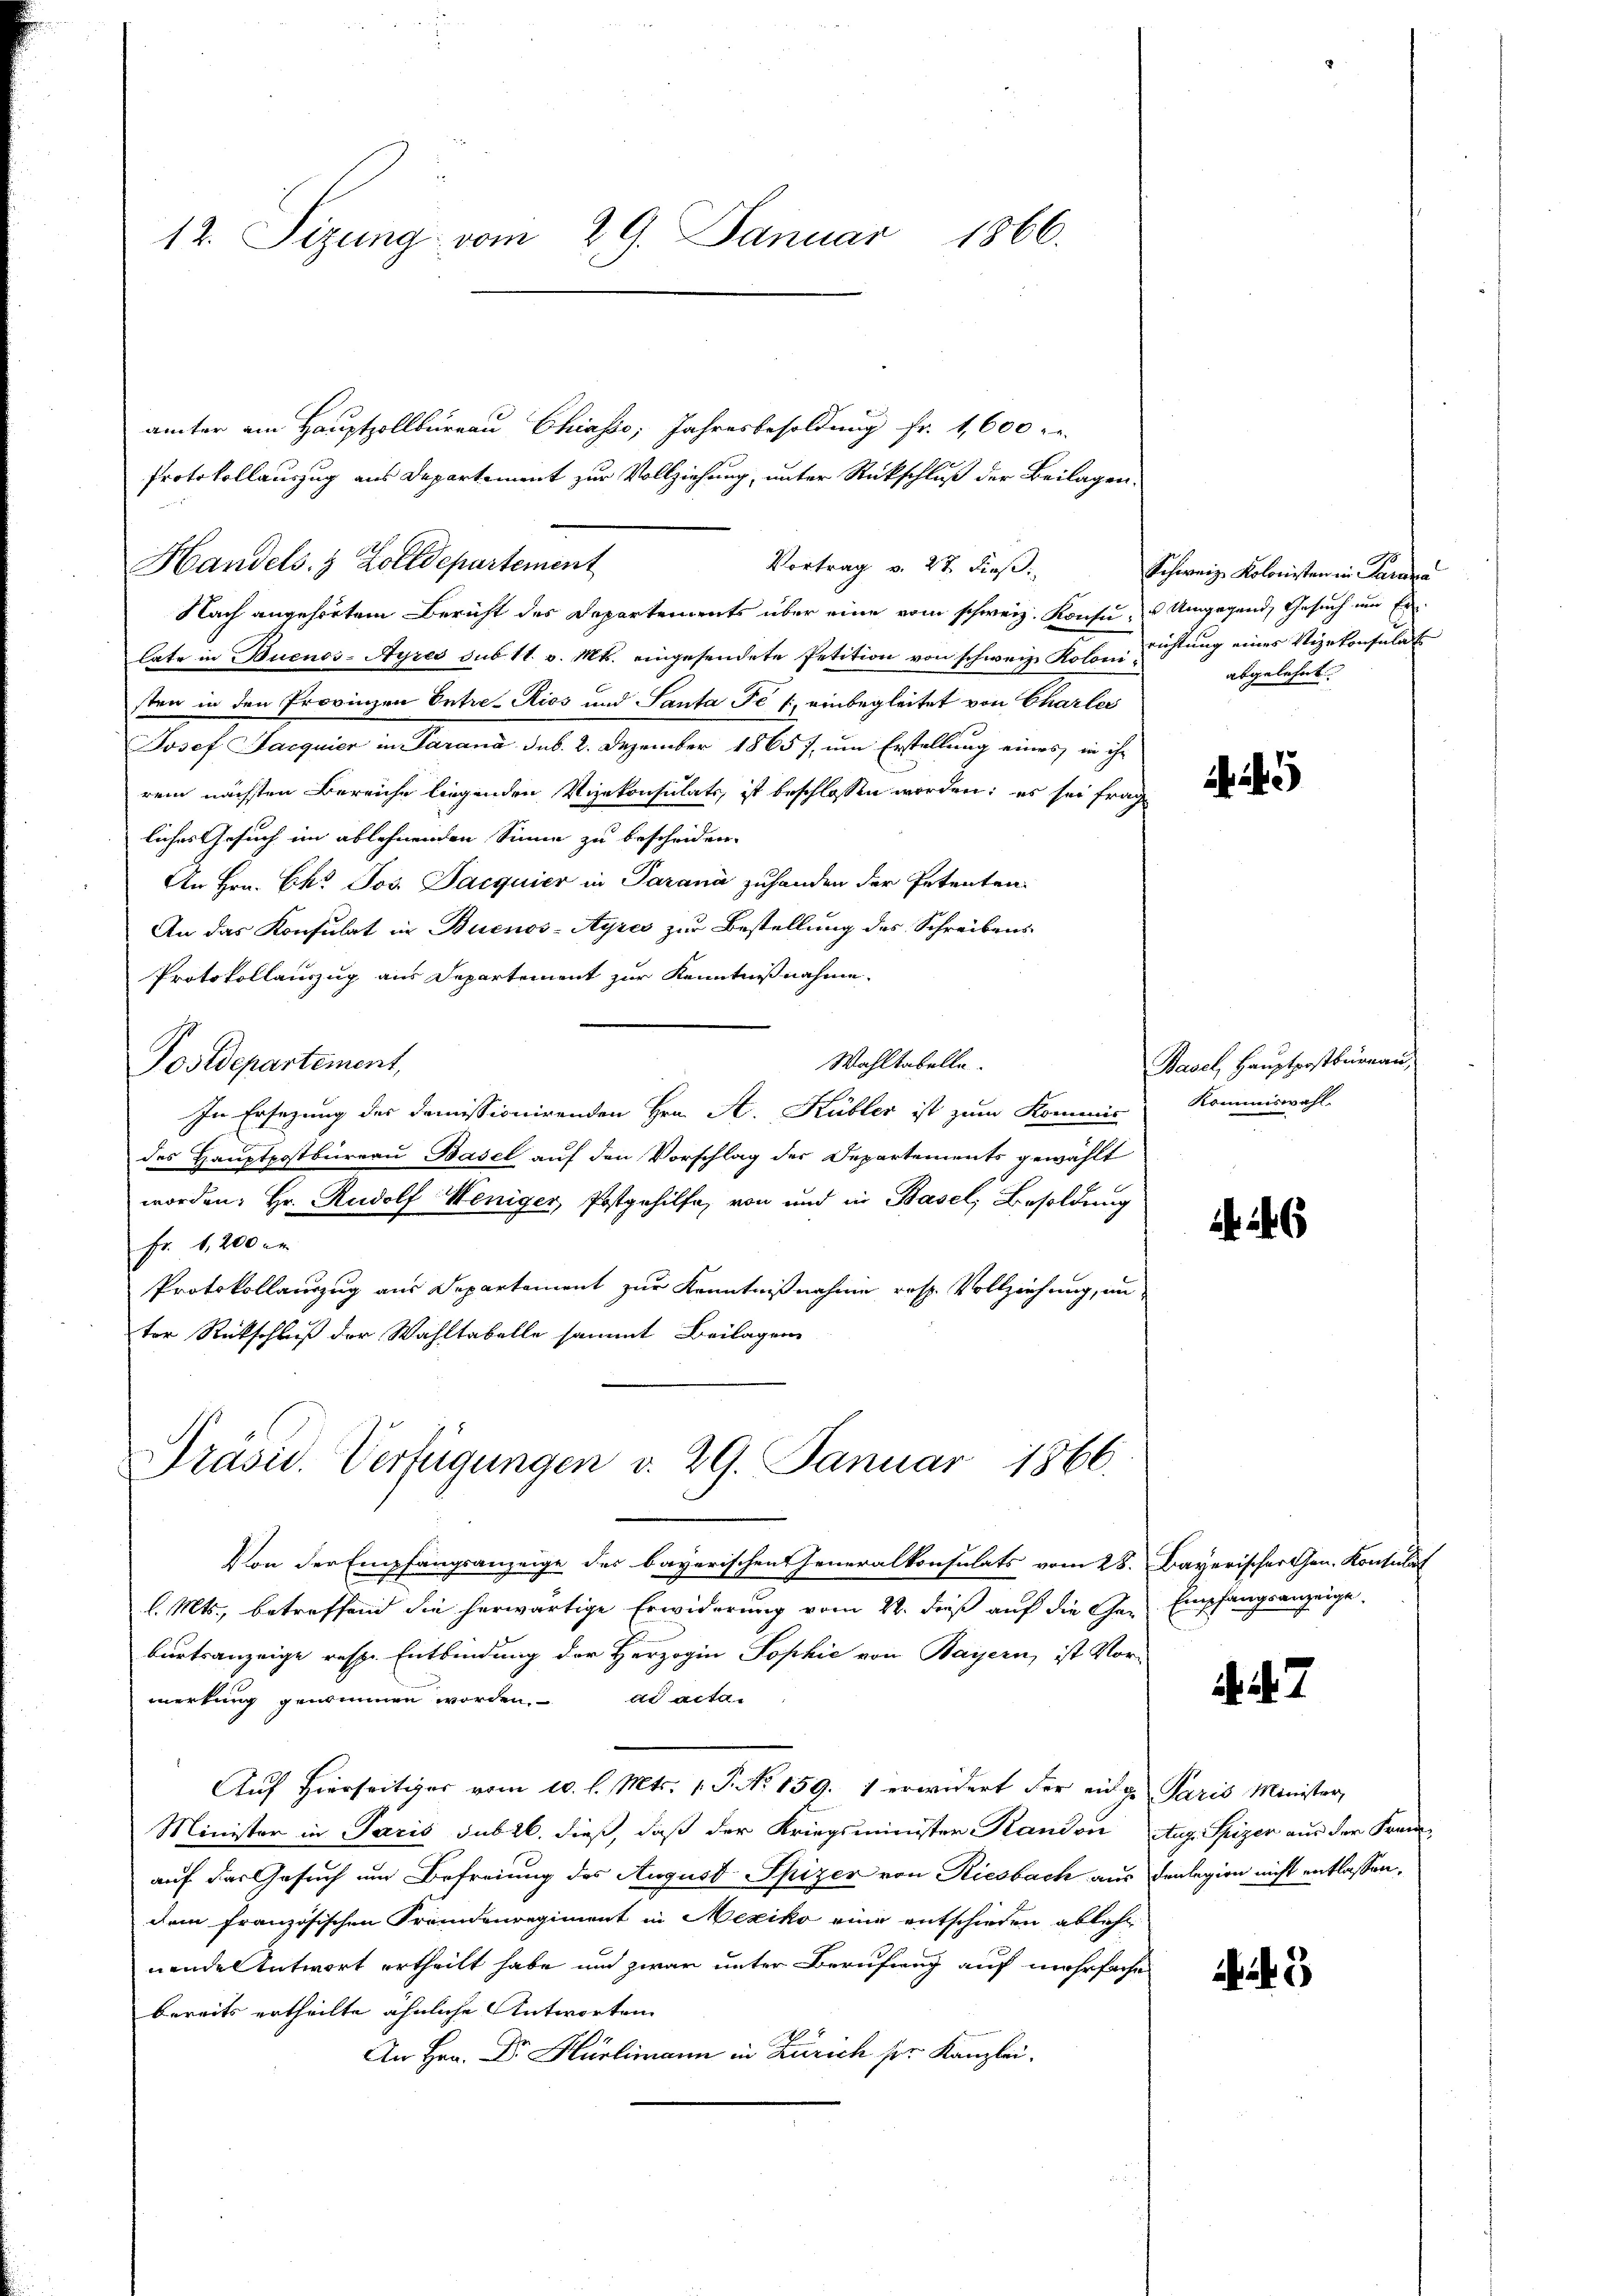
12. Sizung vom 29. Januar 1866.

ämter ein Hauptzollbüreau Chiasso, Jahresbesoldung fr. 1,600
Protokollauszug aus Departement zur Vollziehung, unter Rückschluß der Beilagen.
Nach angehörtem Bericht des Departements über eine vom schweiz. Konsu, u Umgegend, Gesuch um Erlate in Buenos-Ayres sub 11. v. Mts. eingesendete Petition von schweiz. Koloni Richtung eines Vizekonsulat
sten in den Provinzen Entre-Rics und Santa Fe / einbegleitet von Charler
Josef Sacquier in Parana sub. 2. Dezember 1865), um Erstellung eines in ihr
rem nächsten Bereiche liegenden Vizekonsulats, ist beschlossen worden; es sei frage
liches Gesuch im ablehnenden Sinne zu bescheiden.
An Hrn. Ek. Jos. Jacquier in Parana zuhanden der Petenten.
An das Konsulat in Buenos-Ayres zur Bestellung des Schreibens
Protokollauszug aus Departement zur Kenntnißnahme.
Wahltabelle.
Postdepartement,
In Ersezung des domissionirenden Hrn. A. Kübler ist zum Kommis
des Hauptpostbureau Basel auf den Vorschlag des Departements gewählt
worden; Hr. Rudolf Weniger, Postgehilfe, von und in Basel, Besoldung
Fr. 1,200 er
Protokollauszug aus Departement zur Kenntnißnahme resp. Vollziehung, in
ter Rückschluß der Wahltabelle sammt Beilagen

Präsid. Verfügungen v. 29. Januar 1866.

Handels- & Zolldepartement

Vortrag v. 27 dieß:

Schweiz. Kolonisten in Parava
abgelehnt.

Von der Empfangsanzeige des bayerischen Generalkonsulats vom 28. Bayerischer Gen. Kontulat
l. Mts., betreffend die herwärtige Erwiderung vom 22. dieß auf die Gar
burtsanzeige resp. Entbindung der Herzogin Sophie von Bayern, ist Vor-
merkung genommen worden. ad acta
Aŭf Hierseitiges vom 10. l. Mts. 1. P. Nr. 159. 1 erwidert der einge Paris Minister,
Minister in Paris sub 26. dieß, daß der Kriegsminister Randon Aug. Spizer aus der Frei-
auf das Gesuch um Befreiung des August Spizer von Riesbach aus denlegion nicht entlassen,
dem französischen Fremdenregiment in Mexiko eine entschieden abliche
nende Antwort ertheilt habe und zwar unter Berufung auf mehrfache
bereits ertheilte ähnliche Antworten
Ha in Züricher Kanzlei

Basel, Hauptpostburnau,
Kommiswahl.

6

Empfangsanzeige.

3